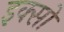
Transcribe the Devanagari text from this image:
इक्सो